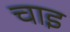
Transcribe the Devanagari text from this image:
चाइ